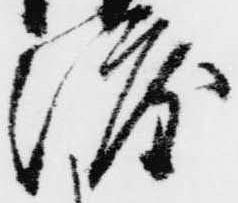
渡